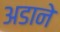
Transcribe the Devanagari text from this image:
अडाने